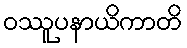
ဝဿူပနာယိကာတိ